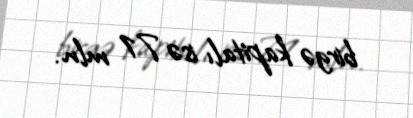
birgə kapitalı isə 71 mln.